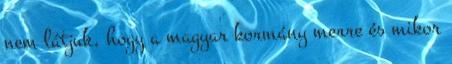
nem látjuk, hogy a magyar kormány merre és mikor